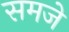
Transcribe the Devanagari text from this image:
समजे